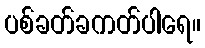
ပစ်ခတ်ခကတ်ပါရေ။